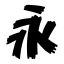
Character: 永